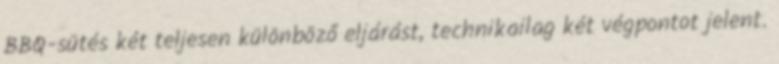
BBQ-sütés két teljesen különböző eljárást, technikailag két végpontot jelent.